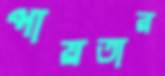
পায়তার